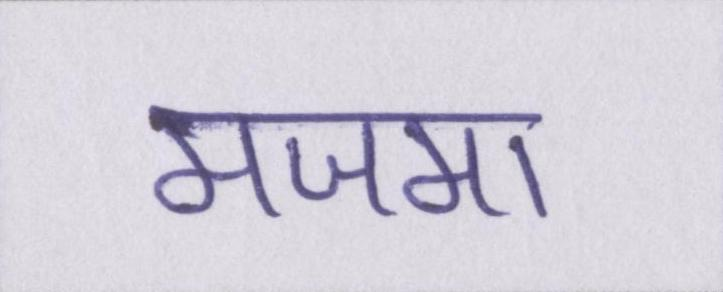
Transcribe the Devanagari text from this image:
मजमा